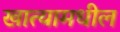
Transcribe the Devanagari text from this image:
खात्यामधील